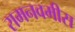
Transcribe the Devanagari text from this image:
रामनवमीस